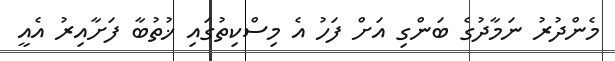
މެންދުރު ނަމާދުގެ ބަންގި އަށް ފަހު އެ މިސްކިތުގައި ޚުތުބާ ފަށާއިރު އެއީ